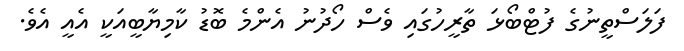
ފަލަސްތީނުގެ ފުޓްބޯޅަ ތާރީހުގައި ވެސް ހޯދުނު އެންމެ ބޮޑު ކާމިޔާބީއަކީ އެއީ އެވެ.